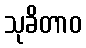
သုခိတာဝ